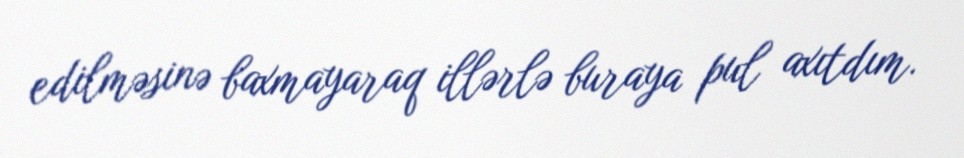
edilməsinə baxmayaraq illərlə buraya pul axıtdım.